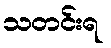
သတင်းရ